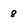
Character: 8